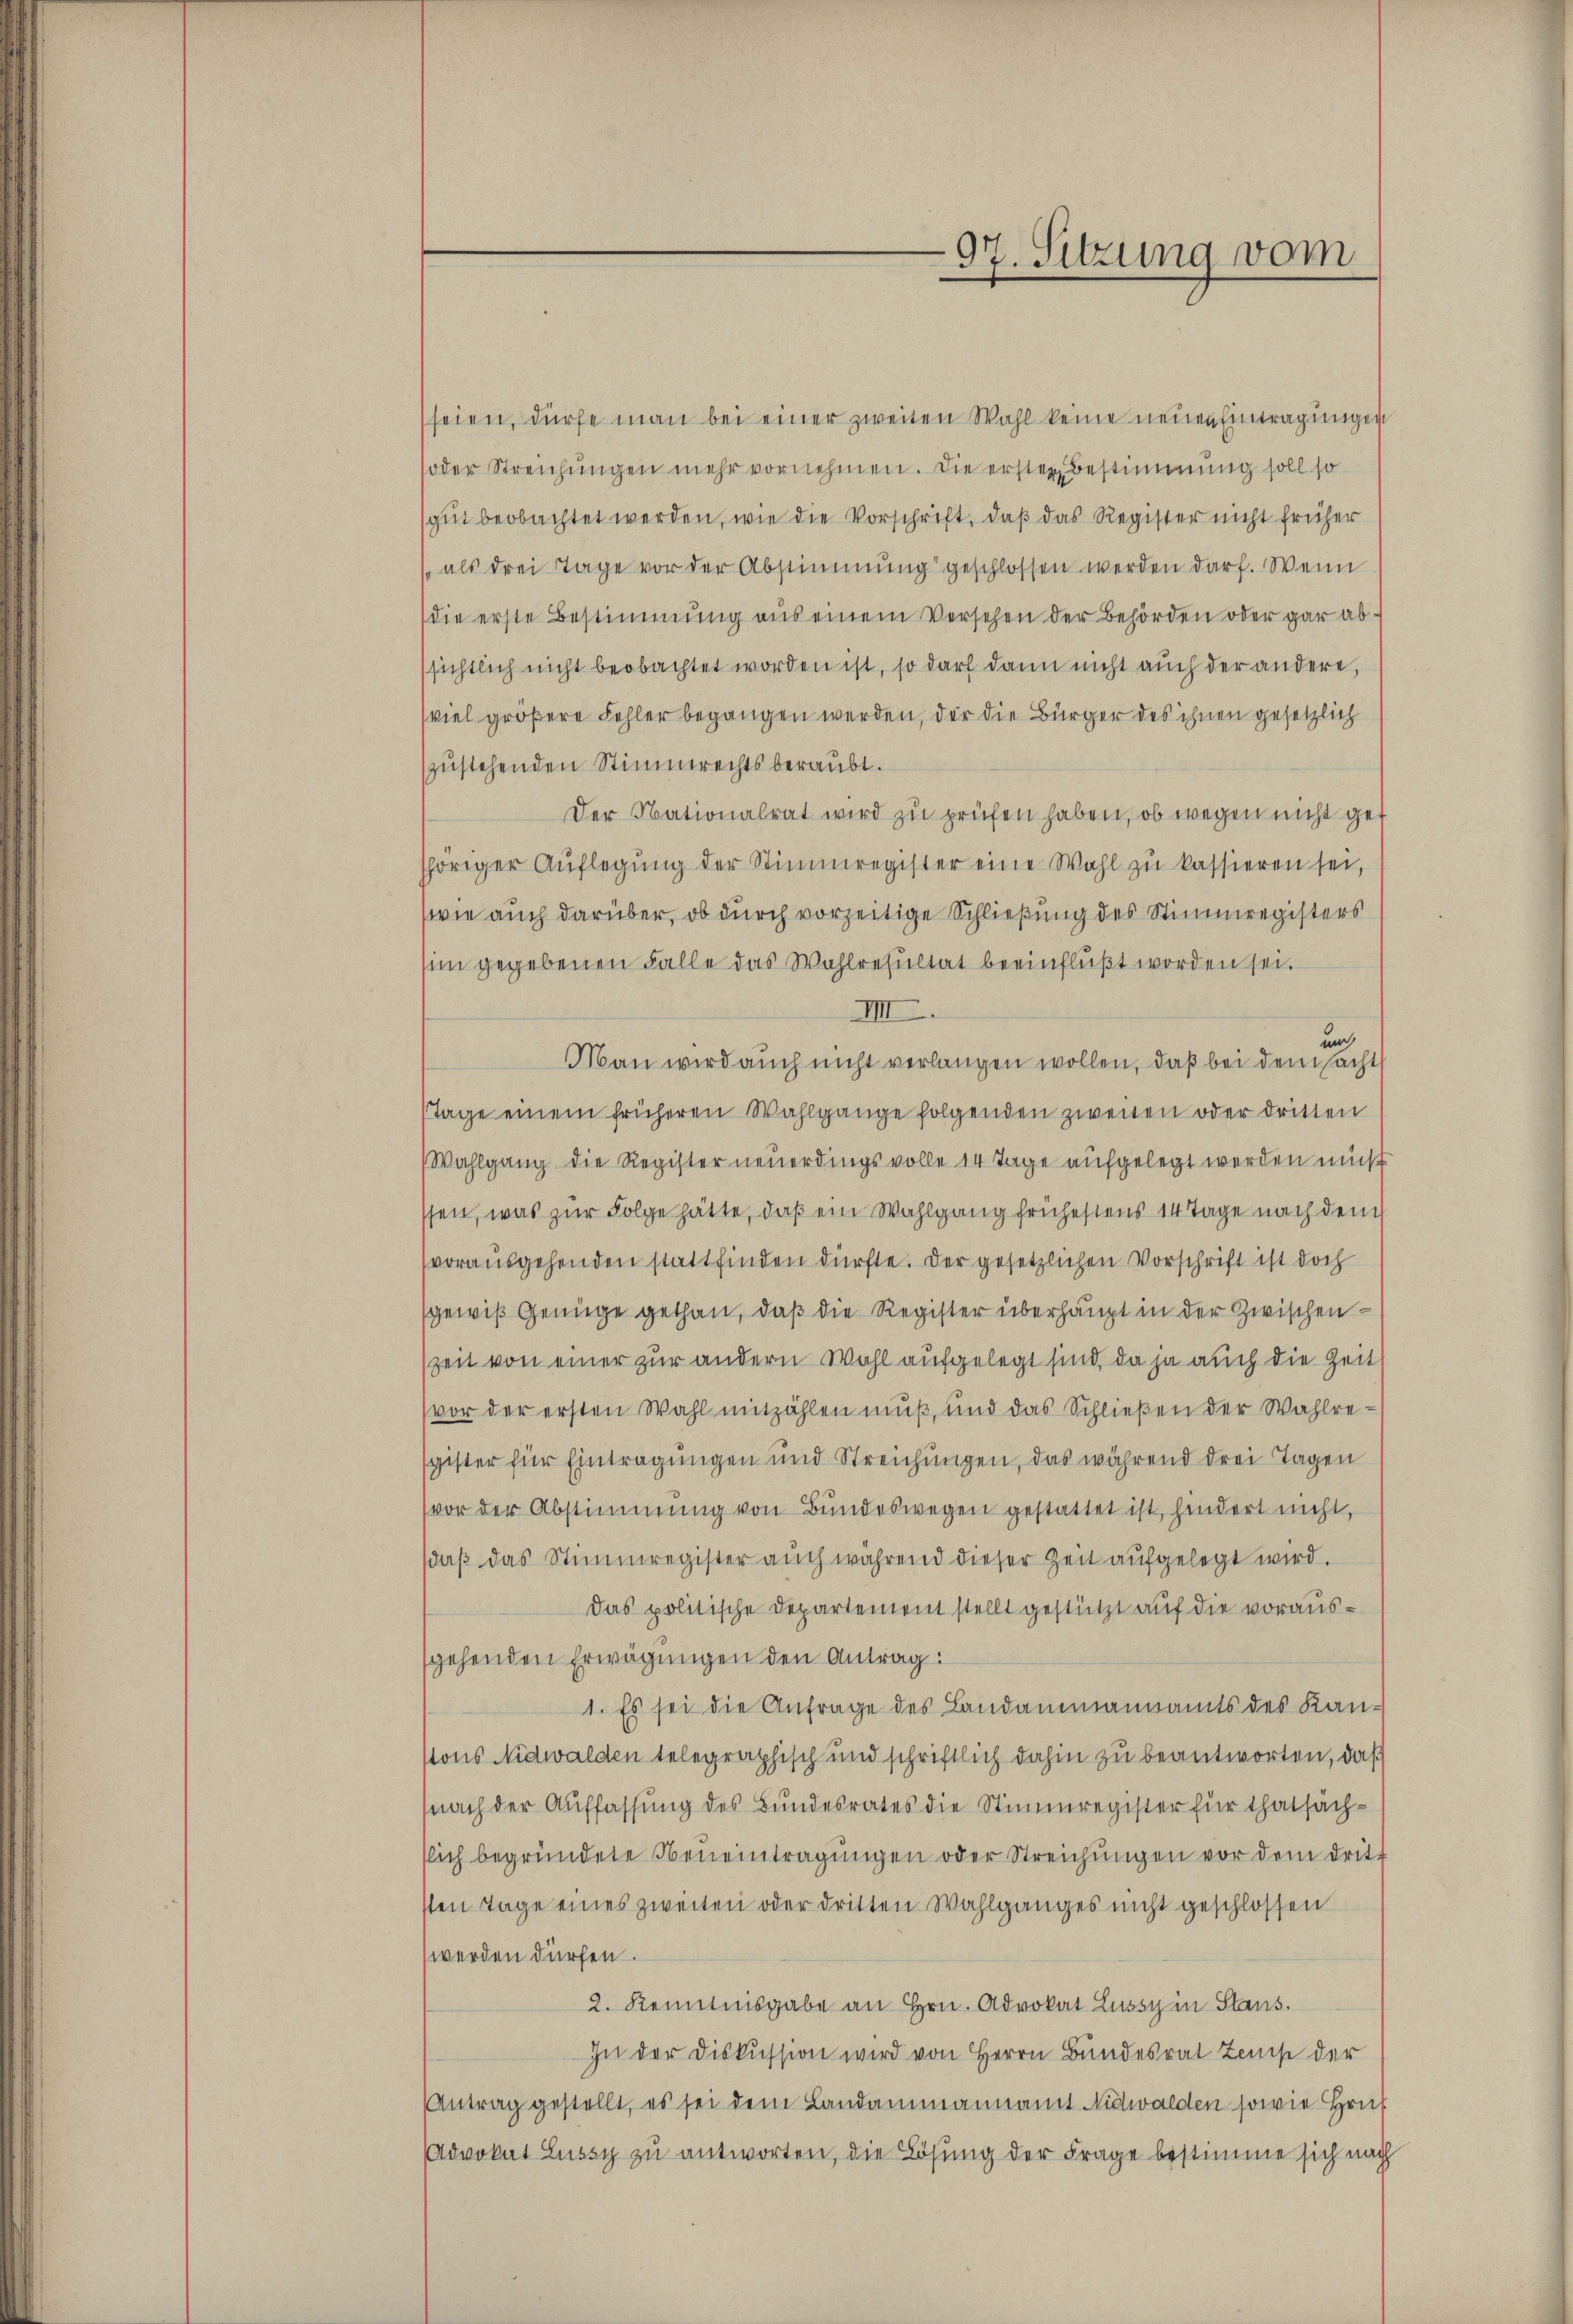
97. Sitzung vom

seien, dürfe man bei einer zweiten Wahl keine neuen Eintragungen
soder Streichŭngen mehr vornehmen. Die ersten Bestimmung soll so
sgut beobachtet werden, wie die Vorschrift, daß das Register nicht früher
" als drei Tage vor der Abstimmung geschlossen werden darf. Wenn
(die erste Bestimmung aus einem Versehen der Behörden oder gar absichtlich nicht beobachtet worden ist, so darf dann nicht auch der andere,
viel größere Fehler begangen werden, der die Bürger des ihnen gesetzlich
zŭstehenden Stimmrechtsberaubt.
Der Nationalrat wird zu prüfen haben, ob wegen nicht get
höriger Aŭflegŭng der Stimmregister eine Wahl zŭ kassieren sei,
(wie auch darüber, ob durch vorzeitige Schließung des Stimmregisters
sim gegebenen Falle das Wahlresultat beeinflußt worden sei.
IIII
unc
Man wird auch nicht verlangen wollen, daß bei dem sacht
Tage einem früheren Wahlgange folgenden zweiten oder dritten
Wahlgang die Register neuerdingsvolle 14 Tage aufgelegt werden muß
ssen, was zur Folge hätte, daß ein Wahlgang frühestens 14 Tage nach dem
vorausgehenden stattfinden dürfte. Der gesetzlichen Vorschrift ist doch
sgewiß Genüge gethan, daß die Register überhaupt in der Zwischen
Zeit von einer zur andern Wohl aufgelegt sind, da ja auch die Zeit
(vor der ersten Wahl mitzählen muß, und das Schlieβen der Wahlre-
sgister für Eintragungen und Streichungen, das während drei Tagen
(vor der Abstimmung von Bundeswegen gestattet ist, hindert nicht,
daß das Stimmregister auch während dieser Zeit aufgelegt wird.
Das politische Departement stellt gestützt auf die voraussgehenden Erwägungen den Antrag:
1. Es sei die Anfrage des Landammannamts des Kan-
stons Nidwalden telegraphisch und schriftlich dahin zu beantworten, daß
(nach der Auffassung des Bundesrates die Stimmregister für thatsäch-
slich begründete Neneintragŭngen oder Streichŭngen vor dem dritt
sten Tage eines zweiten oder dritten Wahlganges nicht geschlossen
werden dürfen.
2. Renntnisgabe an Hrn. Advokat Lussy in Staus.
In der Diskussion wird von Herrn Bundesrat Zems der
Antrag gestellt, es sei dem Landammannamt Nidwalden sowie Hrn.
Advokat Lussy zu antworten, die Lösung der Frage bestimme sich nach